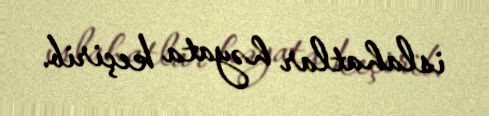
islahatlar həyata keçirib.